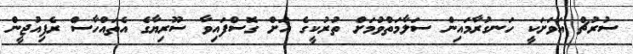
ސުރުޗް އަވަށަކީ ހަނގުރާމައިން ސަލާމަތްވުމަށް ތުރުކީގެ އަށް ގޮސްފައިވާ ސޫރިޔާގެ އެތައްހާސް ރެފިއުޖީން